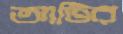
আটির